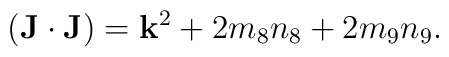
({\bf J}\cdot{\bf J})={\bf k}^2+2m_8n_8+2m_9n_9.